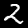
Label: 2